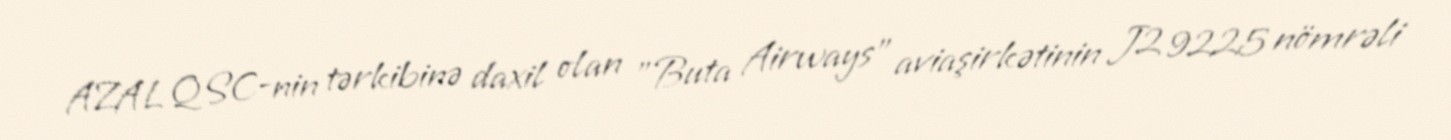
AZAL QSC-nin tərkibinə daxil olan "Buta Airways" aviaşirkətinin J2 9225 nömrəli